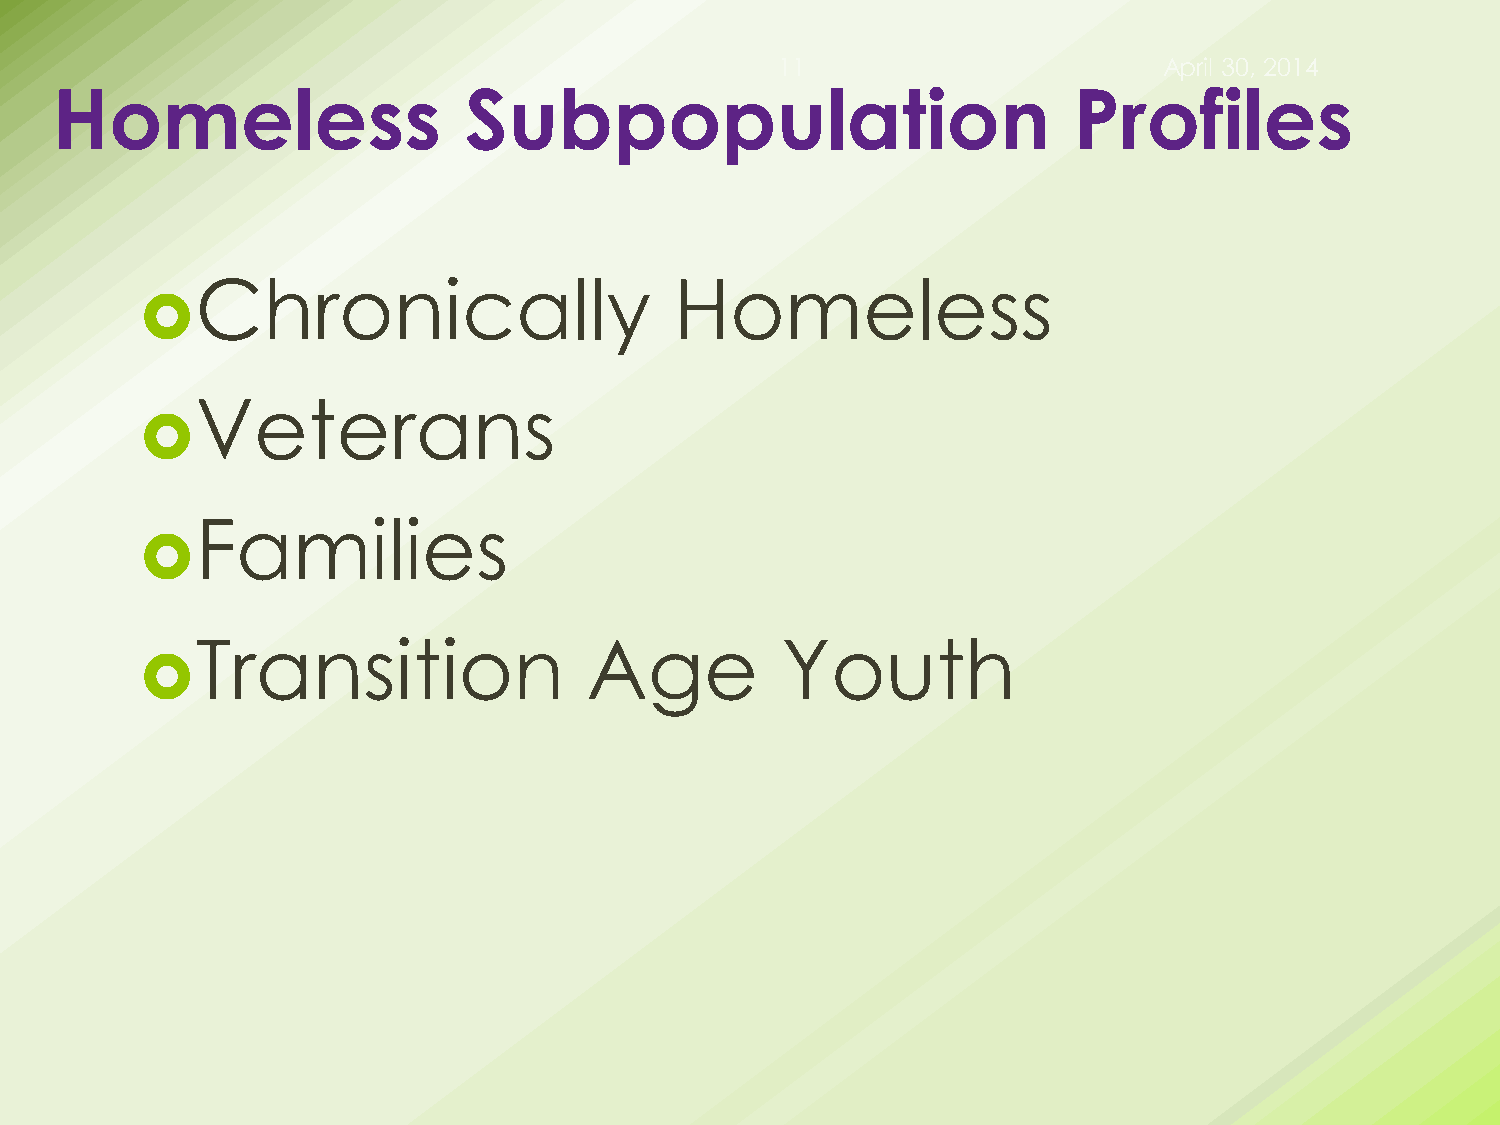
11                       April 30, 2014
 Homeless                    Subpopulation                           Profiles
 Chronically                     Homeless
 
 Veterans
 
 Families
 
 Transition                Age          Youth
 